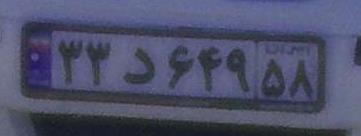
۳۳د۶۴۹۵۸